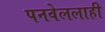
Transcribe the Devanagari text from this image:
पनवेललाही